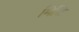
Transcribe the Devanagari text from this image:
मिश्रि